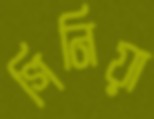
গিনিয়া